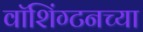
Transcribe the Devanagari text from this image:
वाॅशिंग्टनच्या